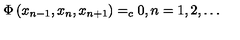
\Phi \left( x _ { n - 1 } , x _ { n } , x _ { n + 1 } \right) = _ { c } 0 , n = 1 , 2 , \ldots